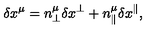
\delta x ^ { \mu } = n _ { \perp } ^ { \mu } \delta x ^ { \perp } + n _ { \parallel } ^ { \mu } \delta x ^ { \parallel } ,